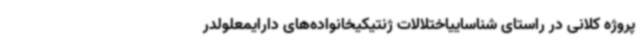
پروژه کلانی در راستای شناساییاختلالات ژنتیکیخانواده‌های دارایمعلولدر